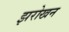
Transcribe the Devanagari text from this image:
झरोखन